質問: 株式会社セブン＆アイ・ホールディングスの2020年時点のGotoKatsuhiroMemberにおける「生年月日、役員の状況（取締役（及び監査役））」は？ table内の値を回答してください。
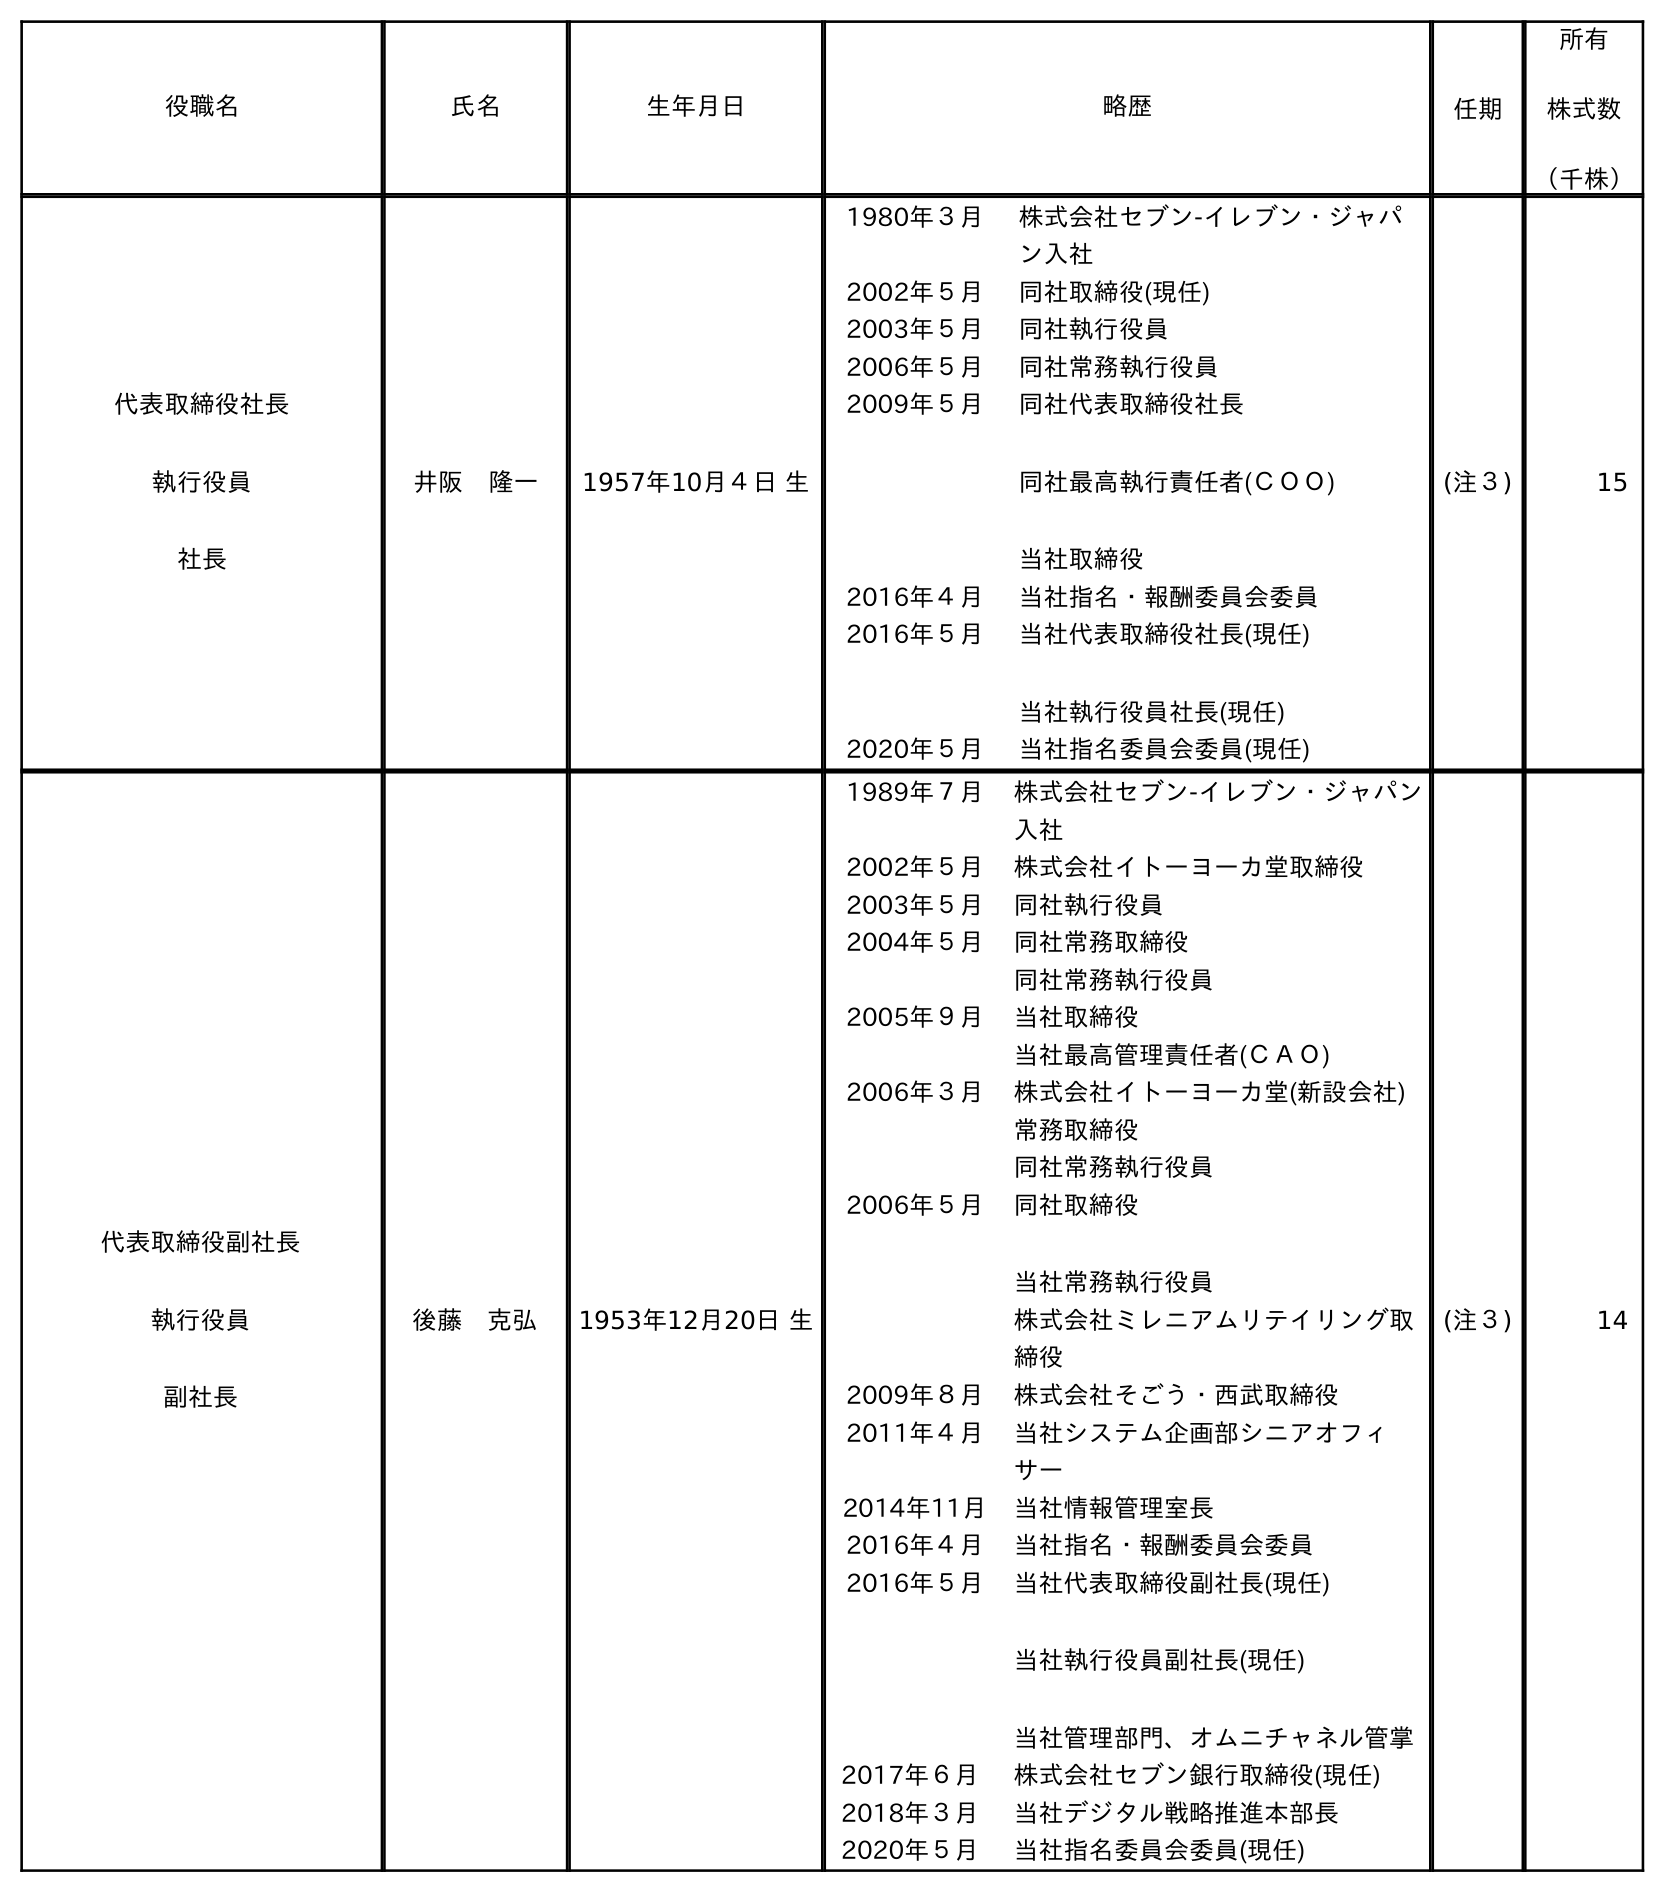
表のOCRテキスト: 役職名 氏名 生年月日 略歴 任期 所有 株式数 （千株） 代表取締役社長 執行役員 社長 井阪 隆一 1957年10月４日 生 1980年３月 株式会社セブン-イレブン・ジャパ ン入社 2002年５月 同社取締役(現任) 2003年５月 同社執行役員 2006年５月 同社常務執行役員 2009年５月 同社代表取締役社長 同社最高執行責任者(ＣＯＯ) 当社取締役 2016年４月 当社指名・報酬委員会委員 2016年５月 当社代表取締役社長(現任) 当社執行役員社長(現任) 2020年５月 当社指名委員会委員(現任) (注３) 15 代表取締役副社長 執行役員 副社長 後藤 克弘 1953年12月20日 生 1989年７月 株式会社セブン-イレブン・ジャパン 入社 2002年５月 株式会社イトーヨーカ堂取締役 2003年５月 同社執行役員 2004年５月 同社常務取締役 同社常務執行役員 2005年９月 当社取締役 当社最高管理責任者(ＣＡＯ) 2006年３月 株式会社イトーヨーカ堂(新設会社) 常務取締役 同社常務執行役員 2006年５月 同社取締役 当社常務執行役員 株式会社ミレニアムリテイリング取 締役 2009年８月 株式会社そごう・西武取締役 2011年４月 当社システム企画部シニアオフィ サー 2014年11月 当社情報管理室長 2016年４月 当社指名・報酬委員会委員 2016年５月 当社代表取締役副社長(現任) 当社執行役員副社長(現任) 当社管理部門、オムニチャネル管掌 2017年６月 株式会社セブン銀行取締役(現任) 2018年３月 当社デジタル戦略推進本部長 2020年５月 当社指名委員会委員(現任) (注３) 14
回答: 1953年12月20日生